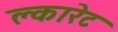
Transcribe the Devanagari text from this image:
क्लारेट